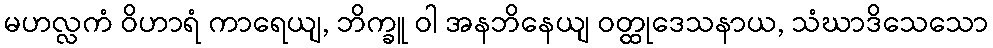
မဟလ္လကံ ဝိဟာရံ ကာရေယျ, ဘိက္ခူ ဝါ အနဘိနေယျ ဝတ္ထုဒေသနာယ, သံဃာဒိသေသော